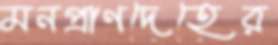
মনপ্রাণদেহের